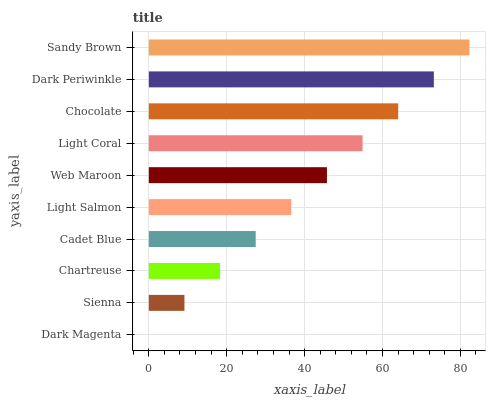
| yaxis_label | bars |
 | --- | --- |
 | Dark Magenta | 0 |
 | Sienna | 9.15 |
 | Chartreuse | 18.3 |
 | Cadet Blue | 27.4 |
 | Light Salmon | 36.6 |
 | Web Maroon | 45.7 |
 | Light Coral | 54.9 |
 | Chocolate | 64 |
 | Dark Periwinkle | 73.2 |
 | Sandy Brown | 82.3 |